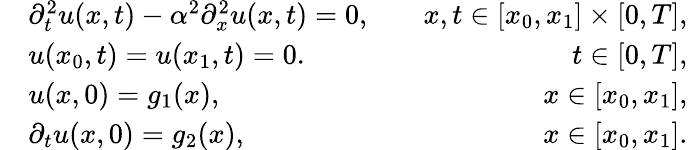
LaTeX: \begin{array}{rlr}&{\partial_{t}^{2}u(x,t)-\alpha^{2}\partial_{x}^{2}u(x,t)=0,}&{\quad x,t\in[x_{0},x_{1}]\times[0,T],}\\ &{u(x_{0},t)=u(x_{1},t)=0.}&{\quad t\in[0,T],}\\ &{u(x,0)=g_{1}(x),}&{\quad x\in[x_{0},x_{1}],}\\ &{\partial_{t}u(x,0)=g_{2}(x),}&{\quad x\in[x_{0},x_{1}].}\end{array}